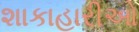
શાકાહારીઓ